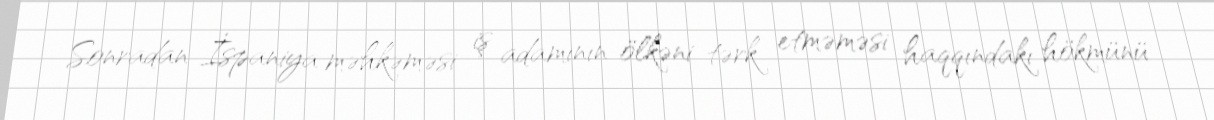
Sonradan İspaniya məhkəməsi iş adamının ölkəni tərk etməməsi haqqındakı hökmünü